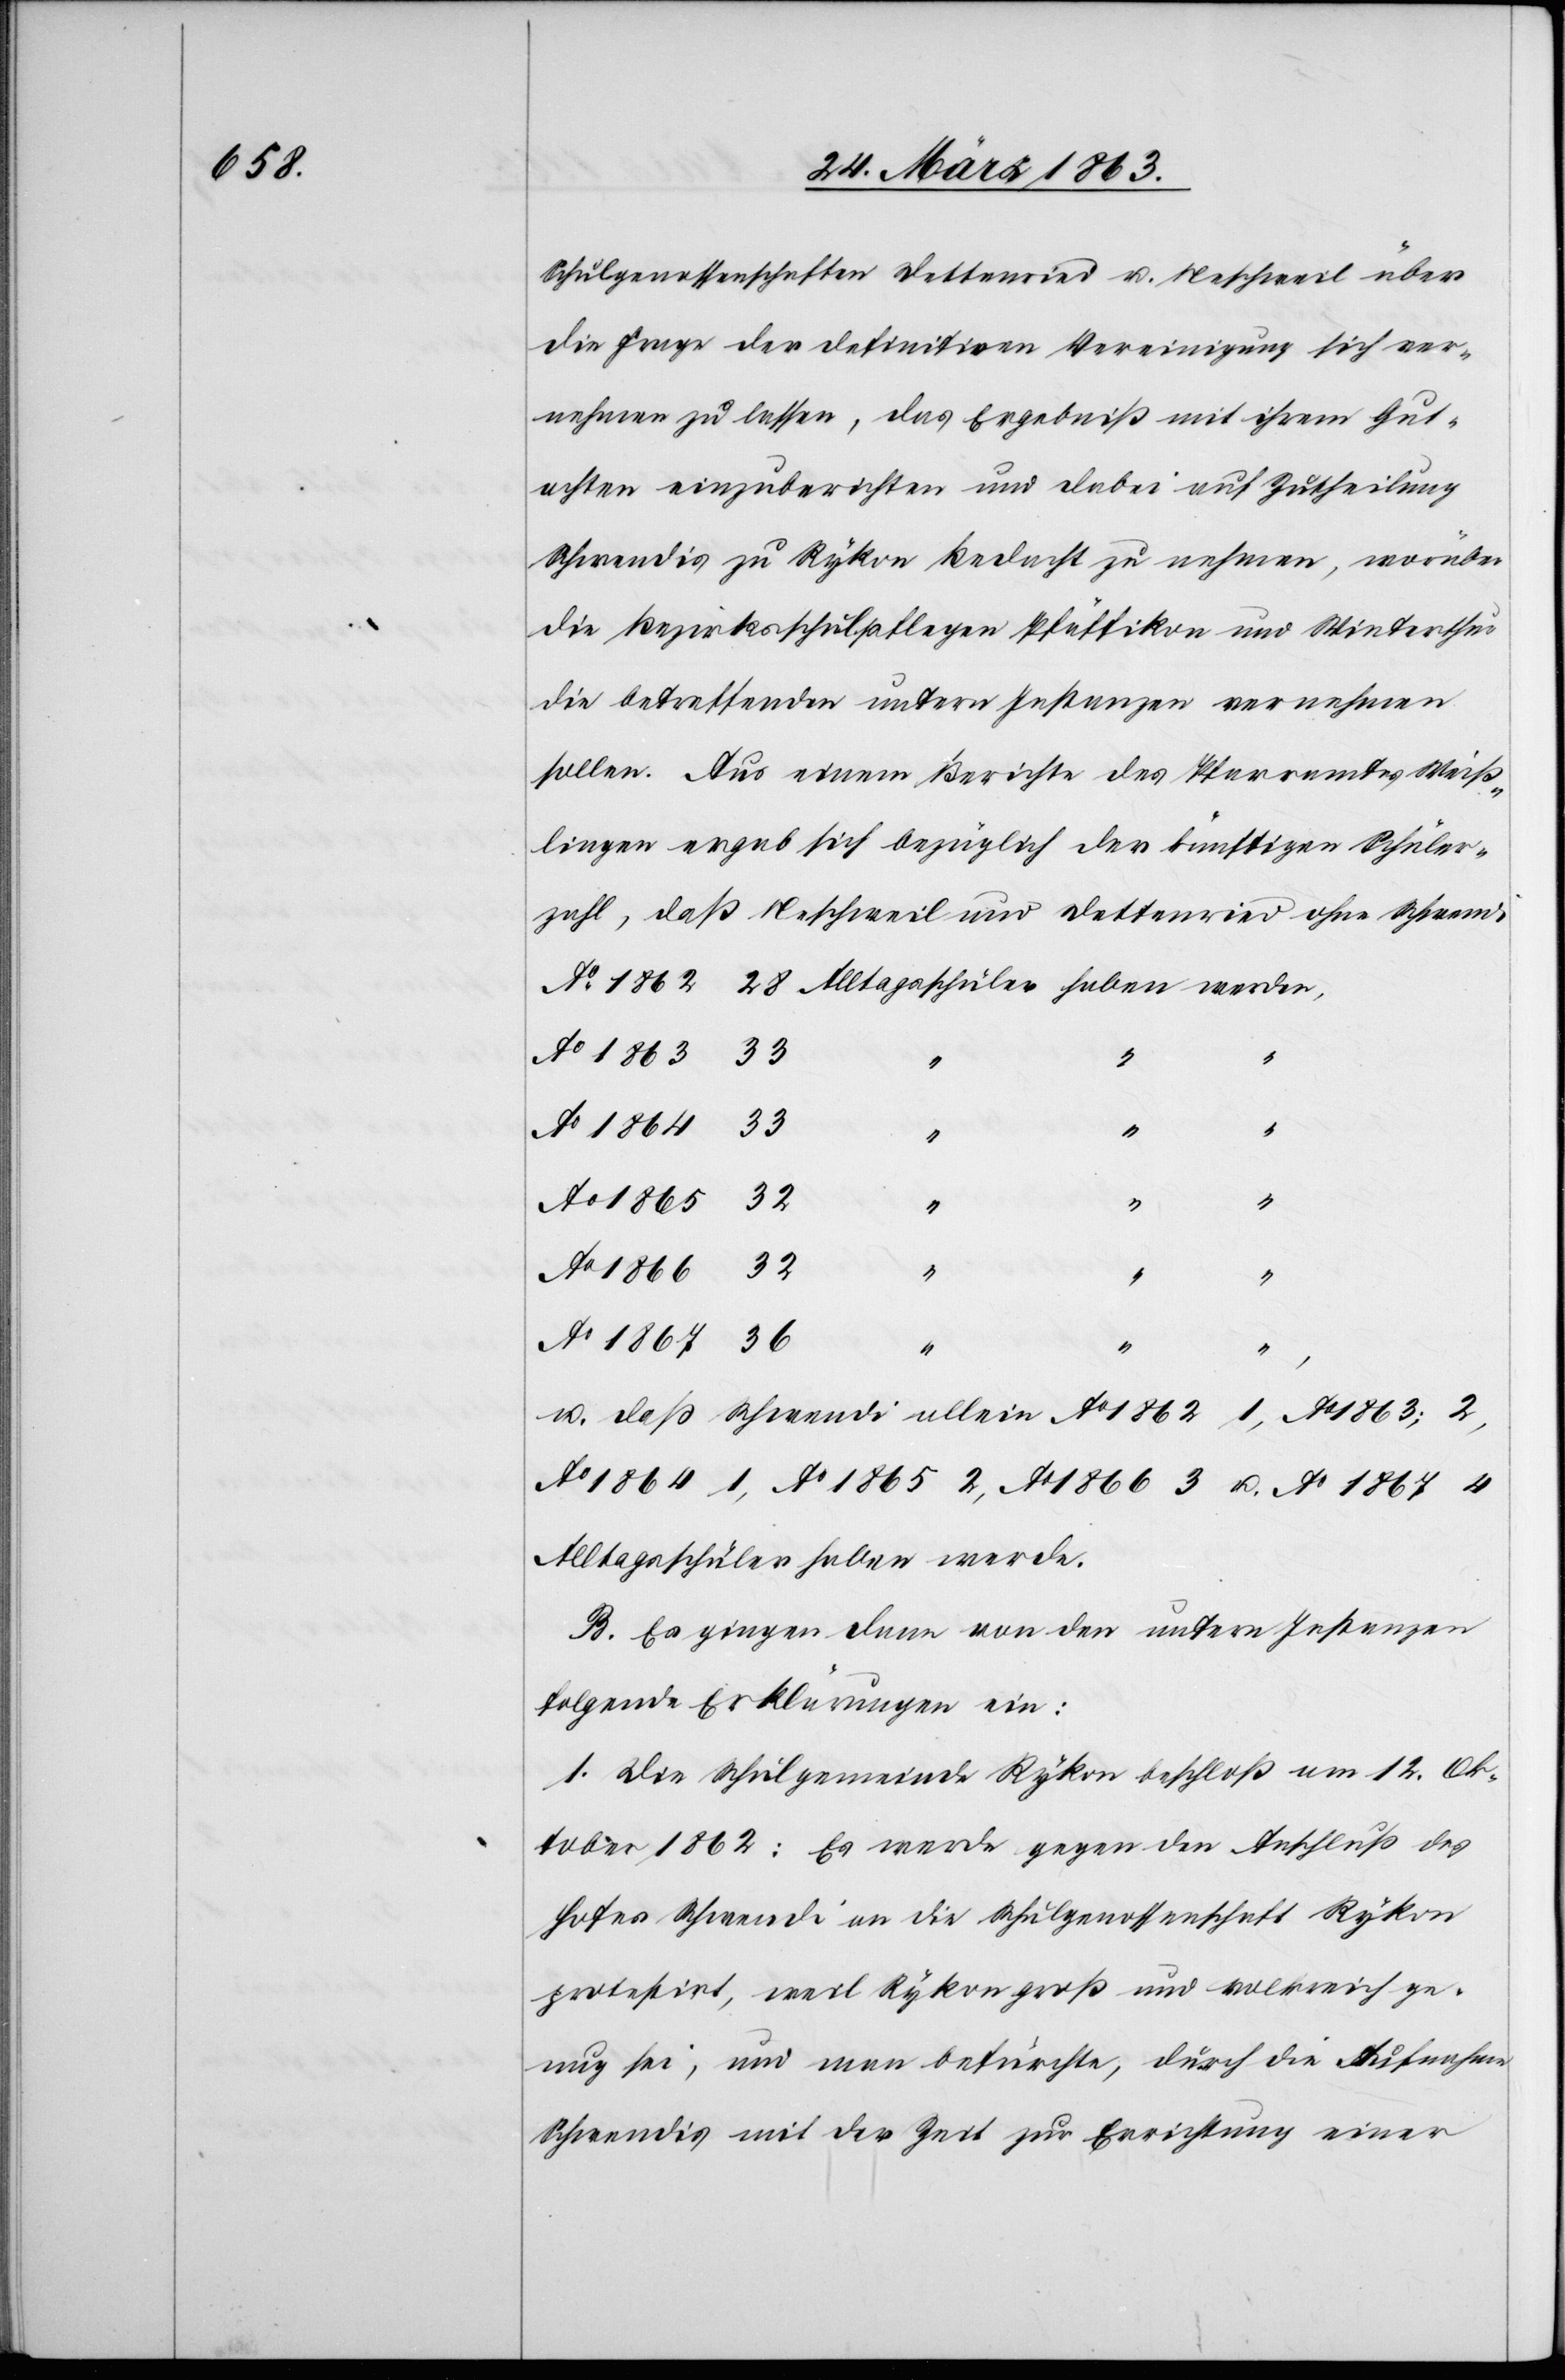
Schulgenossenschaft Dettenried u. Neschweil über
die Frage der definitiven Vereinigung sich ver¬
nehmen zu lassen, das Ergebniß mit ihrem Gut¬
achten einzuberichten und dabei auf Zutheilung
Schwendis zu Rykon Bedacht zu nehmen, worüber
die Bezirksschulpflegen Pfäffikon und Winterthur
die betreffenden untern Instanzen vernehmen
sollen. Aus einem Berichte des Pfarramtes Weiß¬
lingen ergab sich bezüglich der künftigen Schüler¬
zahl, daß Neschweil und Dettenried ohne Schwendi
Ao 1862 28
Ao 1863
u. daß Schwendi allein Ao 1862 1, Ao 1863: 2,
Ao 1864 1, Ao 1865 2, Ao 1866 3 u. Ao 1867 4
Alltagsschüler haben werde.
B. Es gingen dann von den untern Instanzen
folgende Erklärungen ein:
1. Die Schulgemeinde Rykon beschloß am 12. Ok¬
tober 1862: Es werde gegen den Anschluß des
Hofes Schwendi an die Schulgenossenschaft Rykon
protestirt, weil Rykon groß und volkreich ge¬
nug sei, und man befürchte, durch die Aufnahme
Schwendis mit der Zeit zur Errichtung einer